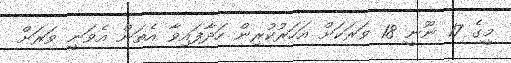
މީގެ 17 ނޫނީ 18 ވަރަކަށް އަހަރުކުރިން ހަދާފައިވާ އެތަން އެވަނީ ވަރަށް